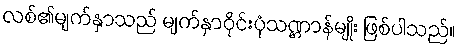
လစ်၏မျက်နှာသည် မျက်နှာဝိုင်းပုံသဏ္ဌာန်မျိုး ဖြစ်ပါသည်။